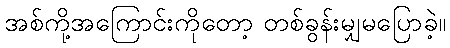
အစ်ကို့အကြောင်းကိုတော့ တစ်ခွန်းမျှမပြောခဲ့။